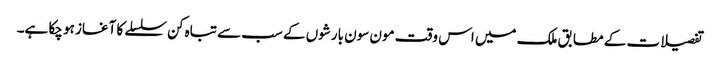
تفصیلات کے مطابق ملک میں اس وقت مون سون بارشوں کے سب سے تباہ کن سلسلے کا آغاز ہو چکا ہے۔